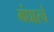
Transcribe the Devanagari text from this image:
गंधारचे